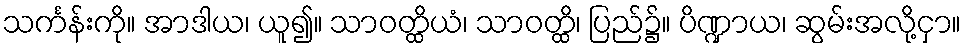
သင်္ကန်းကို။ အာဒါယ၊ ယူ၍။ သာဝတ္ထိယံ၊ သာဝတ္ထိ၊ ပြည်၌။ ပိဏ္ဍာယ၊ ဆွမ်းအလို့ငှာ။